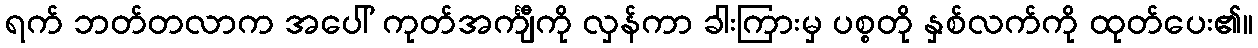
ရက် ဘတ်တလာက အပေါ် ကုတ်အင်္ကျီကို လှန်ကာ ခါးကြားမှ ပစ္စတို နှစ်လက်ကို ထုတ်ပေး၏။